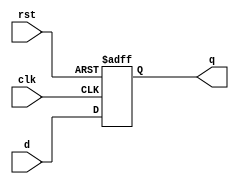
module dff_asy (q, d, clk, rst);
	input d, clk, rst;
	output reg q;
	
	always @ (posedge clk or posedge rst)
		if (rst == 1) q <= 0;
		else q <= d;
endmodule